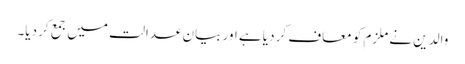
والدین نے ملزم کو معاف کر دیا ہے اور بیان عدالت میں جمع کر دیا۔